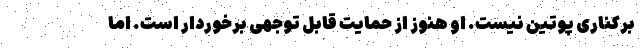
برکناری پوتین نیست. او هنوز از حمایت قابل توجهی برخوردار است. اما